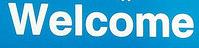
welcome